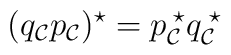
(q_{\cal C} p_{\cal C})^{\star}=p_{\cal C}^{\; \star}q_{\cal C}^{\; \star}